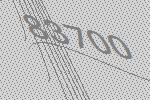
83700